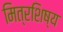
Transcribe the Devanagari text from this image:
मित्रशिष्य